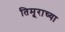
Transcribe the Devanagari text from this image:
तिमूराच्या